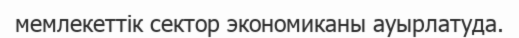
мемлекеттік сектор экономиканы ауырлатуда.